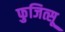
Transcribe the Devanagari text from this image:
फुजित्सू